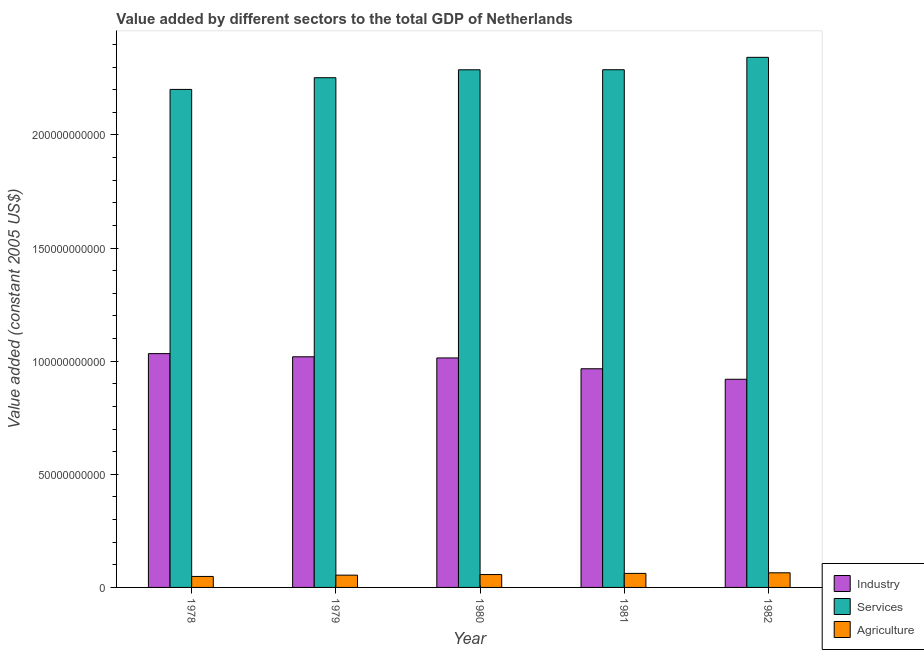
| Year | Industry | Services | Agriculture |
 | --- | --- | --- | --- |
 | 1978 | 1.03e+11 | 2.2e+11 | 4.85e+09 |
 | 1979 | 1.02e+11 | 2.25e+11 | 5.43e+09 |
 | 1980 | 1.01e+11 | 2.29e+11 | 5.69e+09 |
 | 1981 | 9.67e+10 | 2.29e+11 | 6.2e+09 |
 | 1982 | 9.2e+10 | 2.34e+11 | 6.46e+09 |